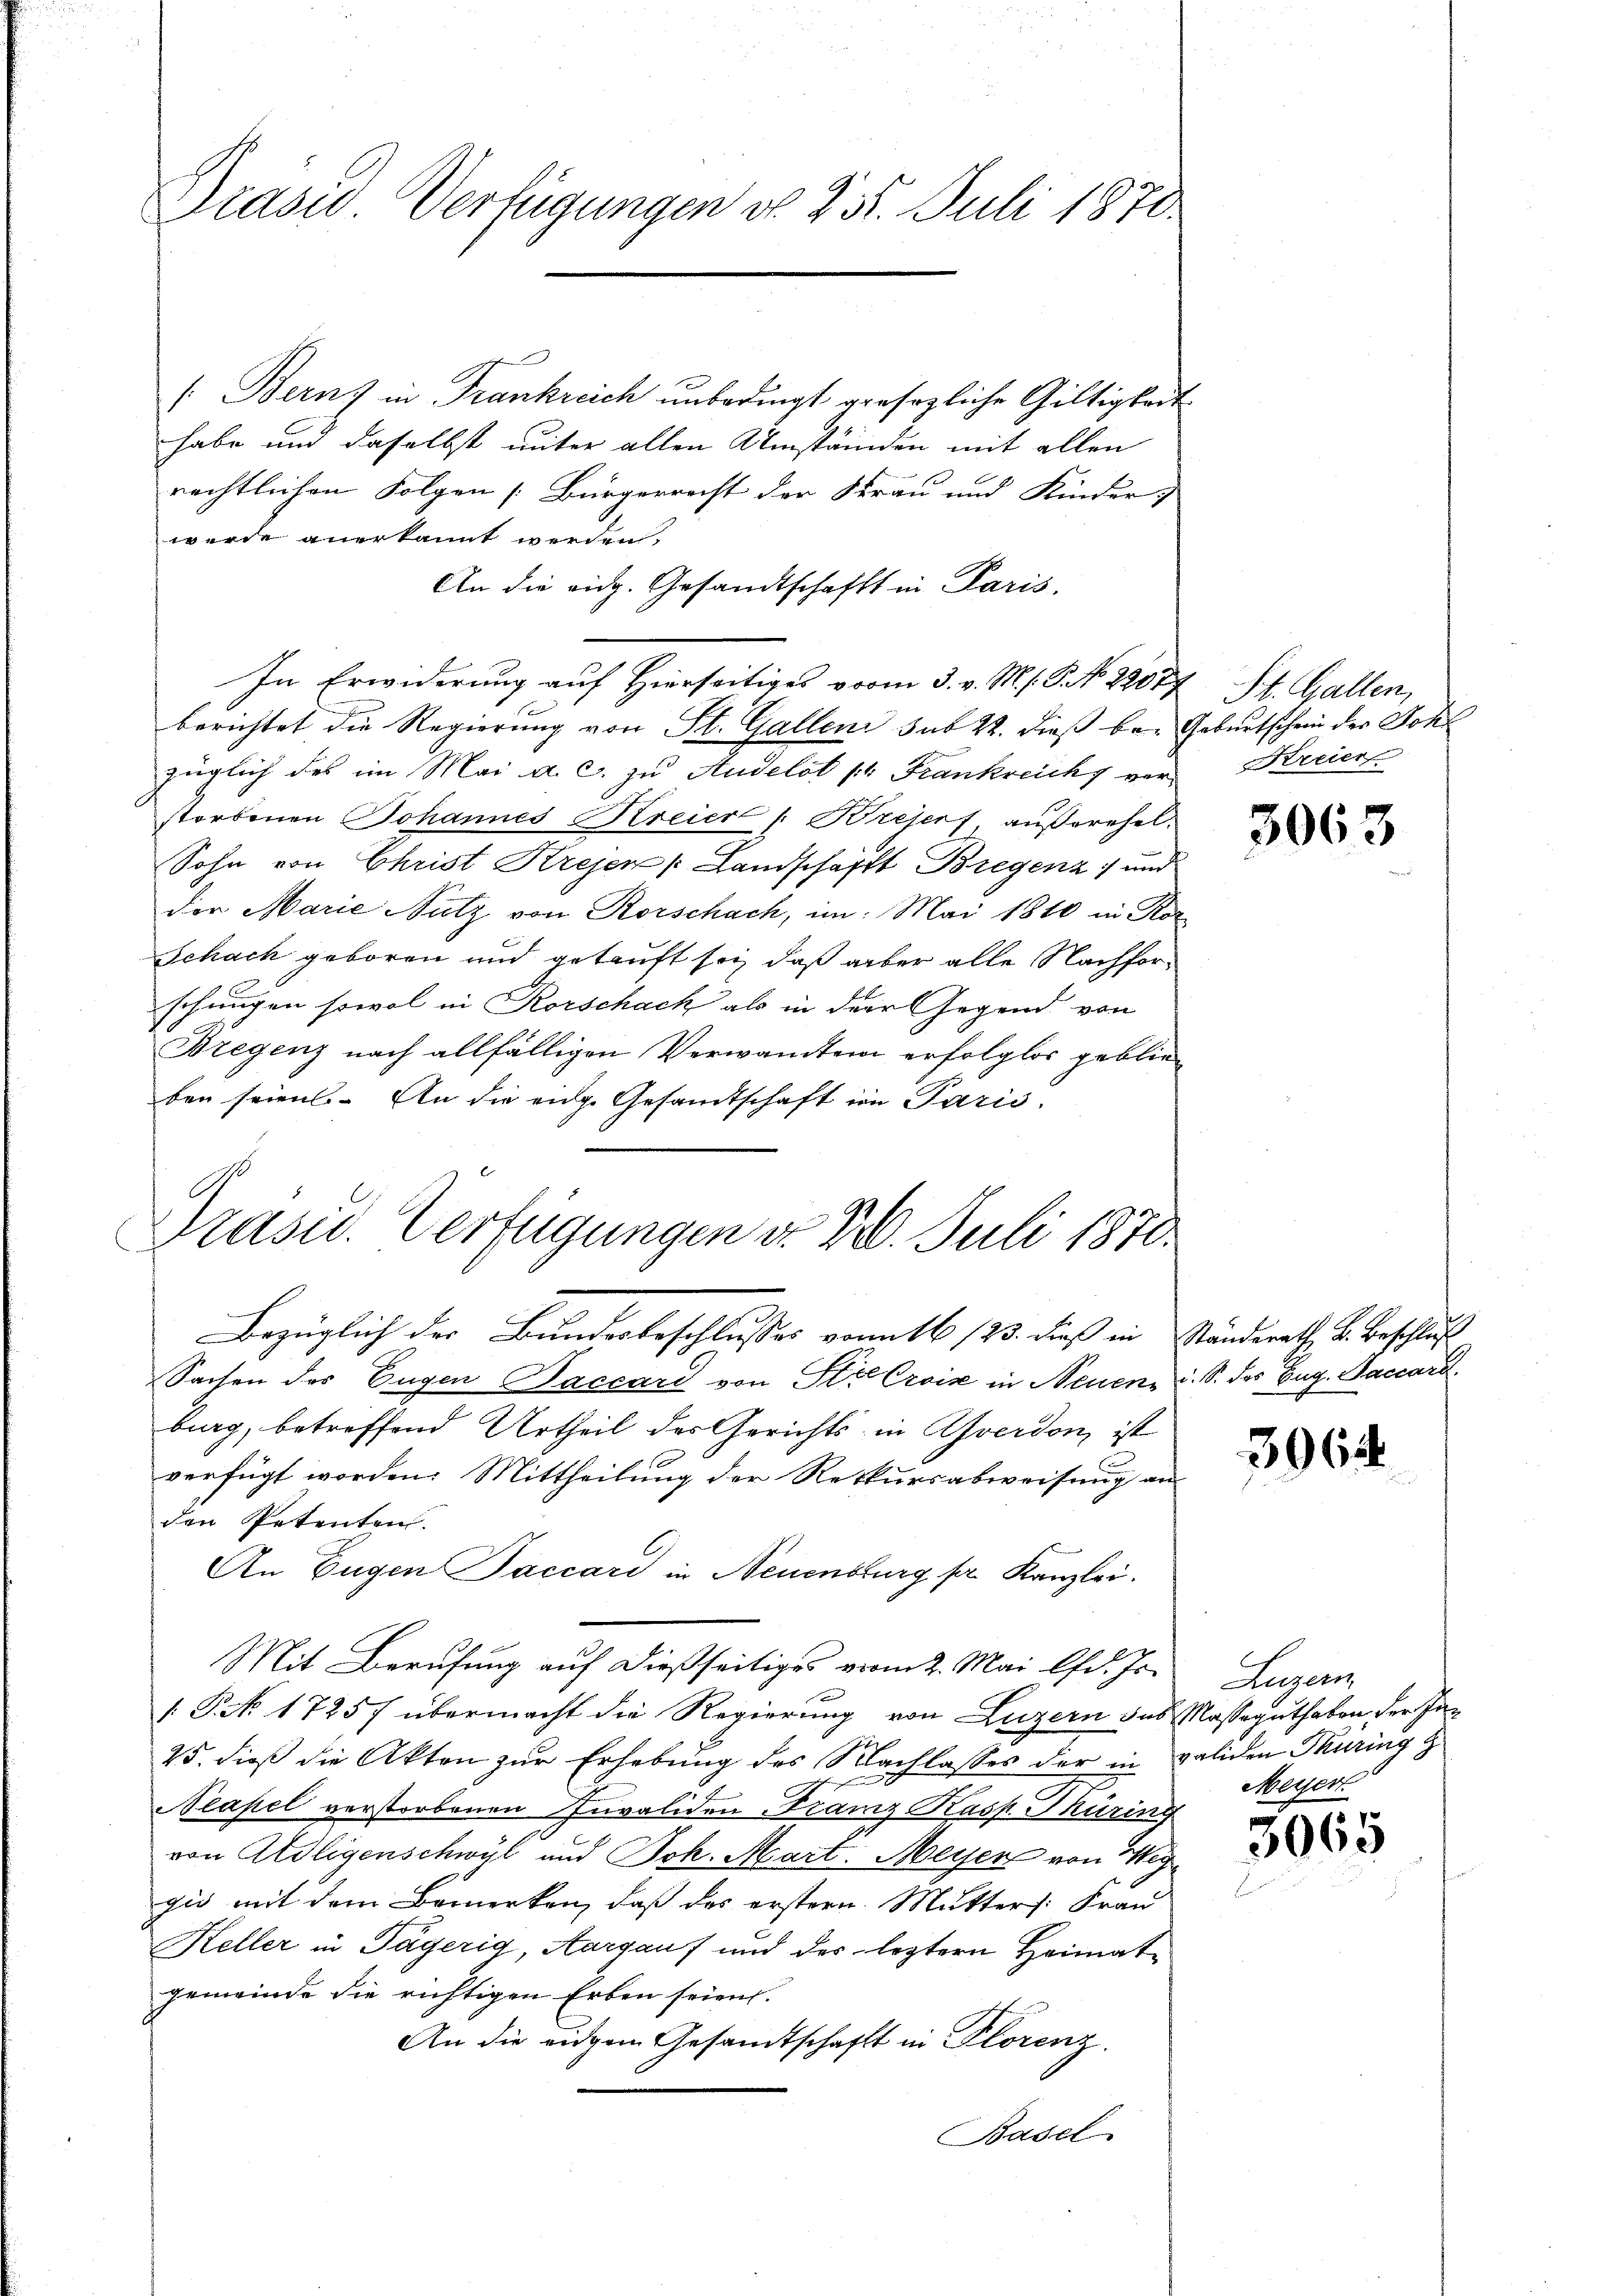
Präses Verfügungen d. 255. Juli 1870.

/: Bernz in Frankreich unbedingt gesezliche Gültigkeit
habe und daselbst unter allen Umständen mit allen
rechtlichen Folgen [Bürgerrecht der Frau und Kinder,
werde anerkannt werden.
An die eidg. Gesandtschafft in Paris.
In Erwiderung auf Hierseitiges vom 3. v. M. s. S. No. 22077 St. Gallen,
berichtet die Regierung von St. Galleni sub 22. dieß bey Geburtschein der Joh
züglich des im Mai a. c. zu Andelst pr. Frankreich verstorbenen Johannes Kreier /: rejerf außerehel.
Sohn von Christ Kreyen /: Landschafft Bregenz und
der Marie Nutz von Rorschach, im Mai 1810 in Kor
Schach geboren und getauft sei, daß aber alle Nachforschungen sowol in Korschack als in der Gegend von
Bregenz nach allfälligen Verwandten erfolglos geblieben seien. An die eige Gesamtschaft im Paris,
Präsid. Verfügungen do 220. Juli 1870.
Bezüglich der Bundesbeschlusses vom 16/23. dieß in Ständerath K. Beschluß
Sachen des Eugen Saccard von Str. Croix in Neuen u. S. des Eug. Saccard
burg, betreffend Urtheil des Gerichts in Averdon, ist
 f
verfügt worden. Mittheilung der Rekursabweisung an
den Petenten.
An Eugen Baccari in Neuenburg par Kanzlei.
Mit Berufung auf dießseitiges vom 2. Mai lfd. Js.
. P. No. 17257 übermacht die Regierung von Luzern das Massaguthaben der In¬
25. dieß die Akten zur Erhebung des Nachlasses der in validen Thüring z
Neapel verstorbenen Invaliden Franz Kasp. Thüring
von Adligenschwyl und Joh. Mart. Meyer von Weg
gio mit dem Bemerken, daß das erstern Mutters: Frau
Keller in Tägerig, Aargauf und der leztern Heimatgemeinde die richtigen Erben seien.
An die eidgen Gesandtschafft in Plorenz.
Basel

Kreier

3063

306

Augen
Meyer

3065